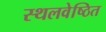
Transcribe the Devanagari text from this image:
स्थलवेष्ठित